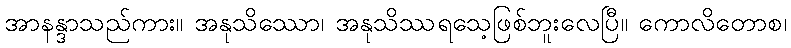
အာနန္ဒာသည်ကား။ အနုသိဿော၊ အနုသိဿရသေ့ဖြစ်ဘူးလေပြီ။ ကောလိတောစ၊